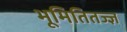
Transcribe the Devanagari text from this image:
भूमितितज्ज्ञ